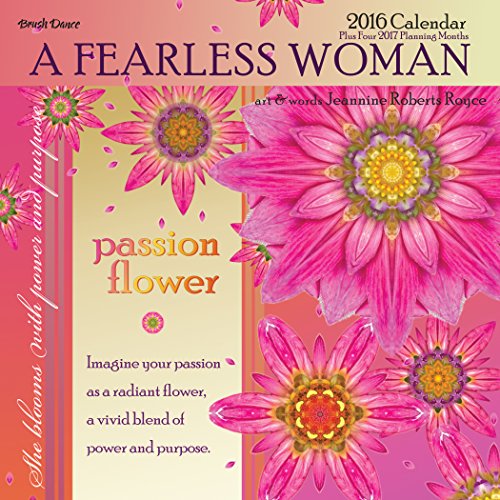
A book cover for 2016 A Fearless Woman Mini Calendar; Brush Dance and Jeannine Roberts Royce; Calendars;